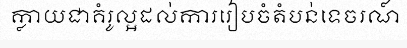
ក្លាយជាគំរូល្អដល់ការរៀបចំតំបន់ទេចរណ៍